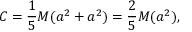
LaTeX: C = { \frac { 1 } { 5 } } M ( a ^ { 2 } + a ^ { 2 } ) = { \frac { 2 } { 5 } } M ( a ^ { 2 } ) ,